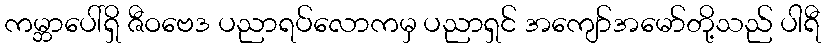
ကမ္ဘာပေါ်ရှိ ဇီဝဗေဒ ပညာရပ်လောကမှ ပညာရှင် အကျော်အမော်တို့သည် ပါရီ